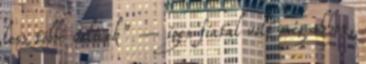
lesz többé velünk” – igen fiatal volt még ahhoz,